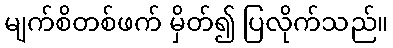
မျက်စိတစ်ဖက် မှိတ်၍ ပြလိုက်သည်။